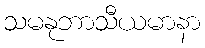
သမနုဘာသီယမာနာ